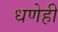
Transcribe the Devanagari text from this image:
धणेही